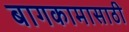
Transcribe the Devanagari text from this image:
बागकामासाठी